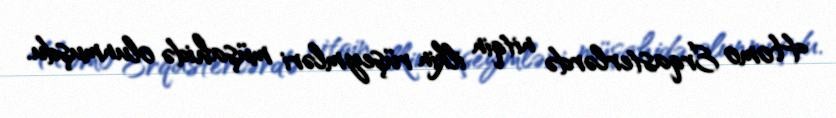
Homo Erqasterlərdə nitqin ilkin rüşeymləri müşahidə olunmuşdu.